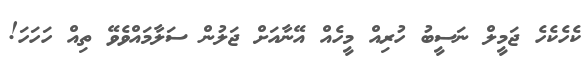
ކެހެކެހެ ޖަމީލް ނަސީބު ހުރިއް މީހެއް އޭނާއަށް ޖަލުން ސަލާމައްވެވޭ ތިއް ހަހަހަ!